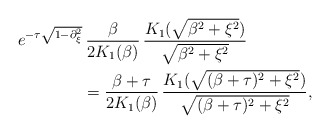
\begin{align*}&e^{-\tau\sqrt{1-\partial_{\xi}^{2}}}\, \frac{\beta}{2K_{1}(\beta)}\, \frac{K_{1}(\sqrt{\beta^{2}+\xi^{2}})}{\sqrt{\beta^{2}+\xi^{2}}} \\&\qquad\qquad= \frac{\beta+\tau}{2K_{1}(\beta)}\, \frac{K_{1}(\sqrt{(\beta+\tau)^{2}+\xi^{2}})}{\sqrt{(\beta+\tau)^{2}+\xi^{2}}},\end{align*}